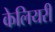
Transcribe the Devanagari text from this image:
केलियरी